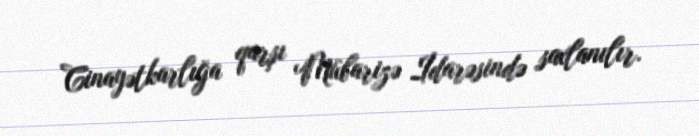
Cinayətkarlığa qarşı Mübarizə İdarəsində saxlanılır.